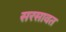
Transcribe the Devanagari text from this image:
सरसावत